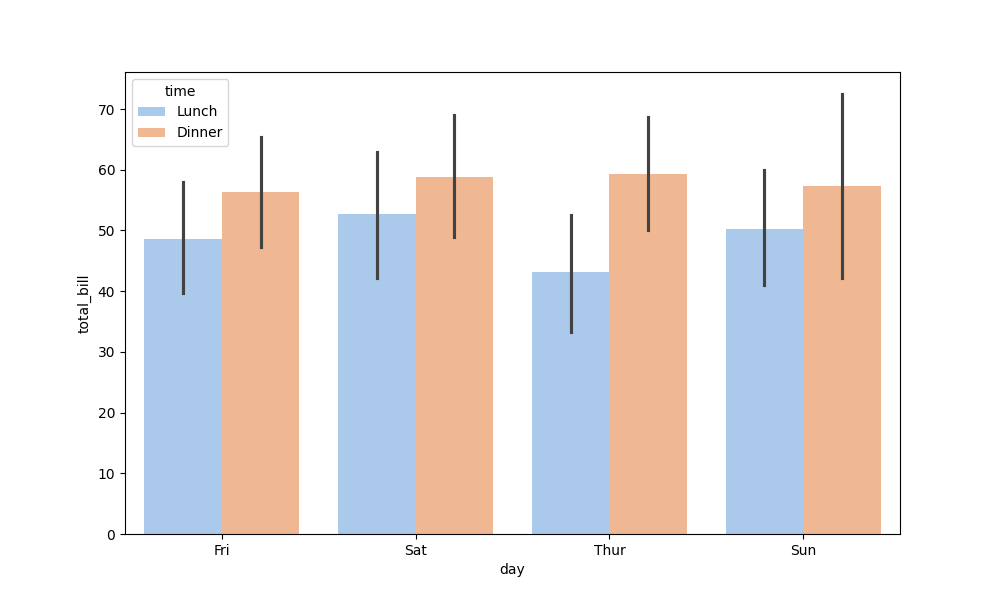
python, seaborn, barplot, hue='time', palette='pastel', ci=95, orient='v'